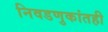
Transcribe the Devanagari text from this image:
निवडणुकांतही